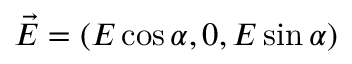
\vec { E } = ( E \cos { \alpha } , 0 , E \sin { \alpha } )